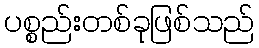
ပစ္စည်းတစ်ခုဖြစ်သည်